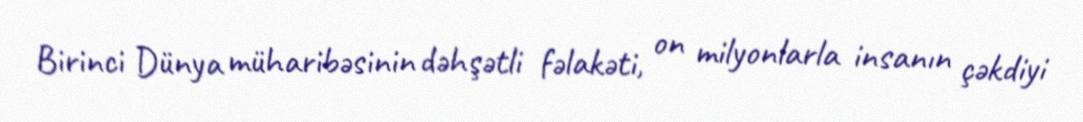
Birinci Dünya müharibəsinin dəhşətli fəlakəti, on milyonlarla insanın çəkdiyi